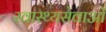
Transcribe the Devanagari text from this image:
स्वास्थ्यसेवाओं